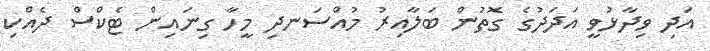
އަދި ވިދާޅުވީ އަދަދުގެ ގޮތުން ބަލާއިރު މުއްސަނދި މީހާ ގިނައިން ޓެކްސް ދެއްކި